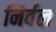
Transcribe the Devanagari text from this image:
निर्वल